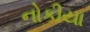
નોકીયા